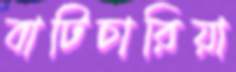
বাটিচারিয়া